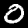
Digit: 0